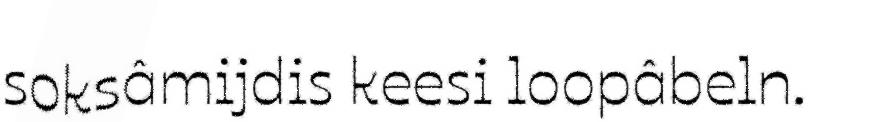
soksâmijdis keesi loopâbeln.